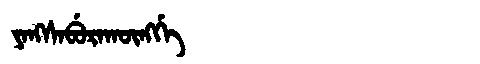
Manchu: ᠶᠠᠩᠰᠠᠪᡠᡵᠠᡴᡡᠩᡤᡝ
Romanization: YANGSABURAKŪNGGE